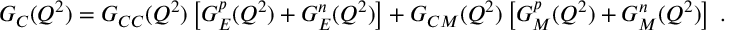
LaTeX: G _ { C } ( Q ^ { 2 } ) = G _ { C C } ( Q ^ { 2 } ) \left[ G _ { E } ^ { p } ( Q ^ { 2 } ) + G _ { E } ^ { n } ( Q ^ { 2 } ) \right] + G _ { C M } ( Q ^ { 2 } ) \left[ G _ { M } ^ { p } ( Q ^ { 2 } ) + G _ { M } ^ { n } ( Q ^ { 2 } ) \right] \; .